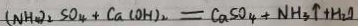
( N H _ { 4 } ) _ { 2 } S O _ { 4 } + C a ( O H ) _ { 2 } = C a S O _ { 4 } + N H _ { 3 } \uparrow + H _ { 2 } \uparrow